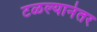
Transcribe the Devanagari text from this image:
टळल्यानंतर